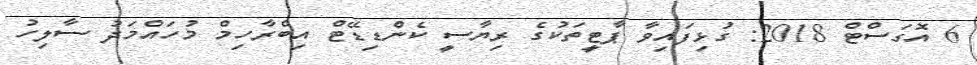
6 އޮގަސްޓް 2018: ގުޅިފައިވާ ޕާޓީތަކުގެ ރިޔާސީ ކެންޑިޑޭޓް އިބްރާހިމް މުހައްމަދު ސާލިހު